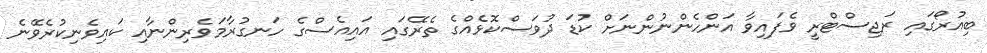
ބިއުރޯގައި ރަޖިސްޓްރީ ވެފައިވާ އަންހެންނުންނަށް ކުޑަ ދުވަސްކޮޅެއްގެ ތެރޭގައި އައިއެސްގެ ހަނގުރާމަވެރިންނާއި ކައިވެނިކުރެވޭނެ